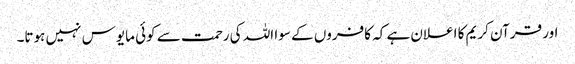
اور قرآن کریم کا اعلان ہے کہ کافروں کے سوا اللہ کی رحمت سے کوئی مایوس نہیں ہوتا۔